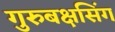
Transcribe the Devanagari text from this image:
गुरुबक्षसिंग